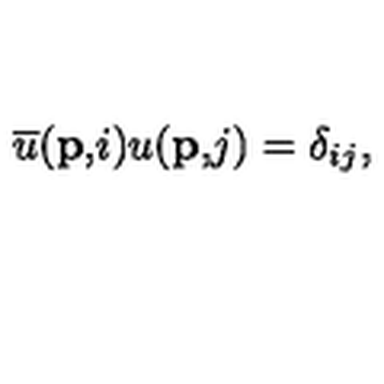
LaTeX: \overline { { u } } ( \mathbf { p , } i ) u ( \mathbf { p , } j ) = \delta _ { i j } ,